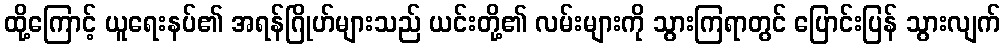
ထို့ကြောင့် ယူရေးနပ်၏ အရန်ဂြိုဟ်များသည် ယင်းတို့၏ လမ်းများကို သွားကြရာတွင် ပြောင်းပြန် သွားလျက်